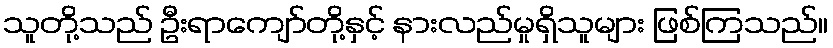
သူတို့သည် ဦးရာကျော်တို့နှင့် နားလည်မှုရှိသူများ ဖြစ်ကြသည်။